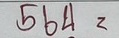
564 =